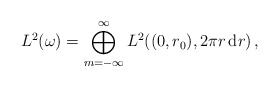
\begin{align*}L^2(\omega)=\bigoplus_{m=-\infty}^\infty L^2((0, r_0), 2\pi r\,\mathrm{d}r)\,,\end{align*}